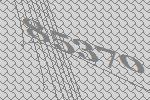
85370